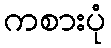
ကစားပုံ